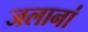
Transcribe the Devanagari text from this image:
जलानां